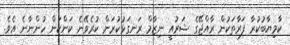
ކާމިޔާބުކުރާ ފަރާތަކުން ރާއްޖޭގެ ޝަރުއީ ނިޒާމް ރަނގަޅުކުރަން ކުރެވޭނެ ކަންކަން ހުންނާނެ އެވެ.